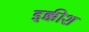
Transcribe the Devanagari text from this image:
इक्कीश